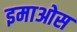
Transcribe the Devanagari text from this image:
इमाओस